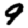
Digit: 9